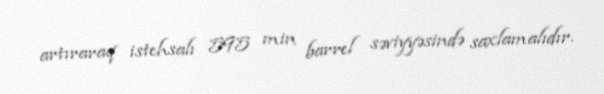
artıraraq istehsalı 595 min barrel səviyyəsində saxlamalıdır.